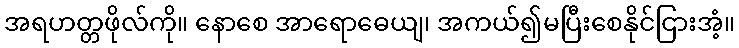
အရဟတ္တဖိုလ်ကို။ နောစေ အာရောဓေယျ၊ အကယ်၍မပြီးစေနိုင်ငြားအံ့။